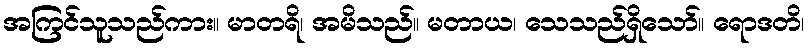
အကြင်သူသည်ကား။ မာတရိ၊ အမိသည်။ မတာယ၊ သေသည်ရှိသော်။ ရောဒတိ၊